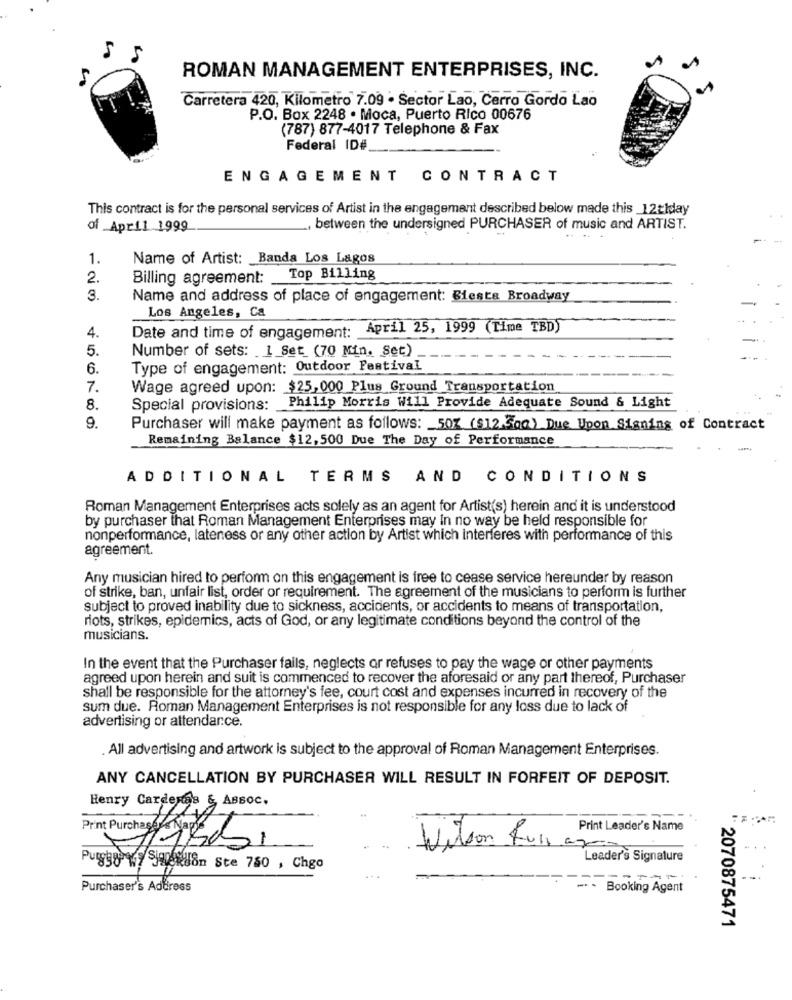
5 5
ROMAN MANAGEMENT ENTERPRISES, INC.
Carretera 420, Kilometro 7.09 . Sector Lao, Cerro Gordo Lao
P.O. Box 2248 . Moca, Puerto Rico 00676
(787) 877-4017 Telephone & Fax
Federal ID#
ENGAGEMENT CONTRACT
This contract is for the personal services of Artist in the engagement described below made this _12tlday
of April 1999
, between the undersigned PURCHASER of music and ARTIST.
1.
Name of Artist: Banda Los Lagos
2.
Billing agreement: Top Billing
3.
Name and address of place of engagement: Siesta Broadway
Los Angeles, Ca
Date and time of engagement: April 25, 1999 (Time TBD)
4.
5.
Number of sets: 1 Set (70 Min. Set)
6.
Type of engagement: Outdoor Festival
7.
Wage agreed upon: $25,000 Plus Ground Transportation
8.
Special provisions: Philip Morris Will Provide Adequate Sound & Light
9.
Purchaser will make payment as follows: _ 50% ($12.3qm) Due Upon Signing of Contract
Remaining Balance $12,500 Due The Day of Performance
ADDITIONAL TERMS
AND CONDITIONS
Roman Management Enterprises acts solely as an agent for Artist(s) herein and it is understood
by purchaser that Roman Management Enterprises may In no way be held responsible for
nonperformance, lateness or any other action by Artist which interferes with performance of this
agreement.
Any musician hired to perform on this engagement is free to cease service hereunder by reason
of strike, ban, unfair list, order or requirement. The agreement of the musicians to perform is further
subject to proved inability due to sickness, accidents, or accidents to means of transportation,
riots, strikes, epidemics, acts of God, or any legitimate conditions beyond the control of the
musicians.
In the event that the Purchaser fails, neglects or refuses to pay the wage or other payments
agreed upon herein and suit is commenced to recover the aforesaid or any part thereof, Purchaser
shall be responsible for the attorney's fee, court cost and expenses incurred in recovery of the
sum due. Roman Management Enterprises is not responsible for any loss due to lack of
advertising or attendarce.
. All advertising and artwork is subject to the approval of Roman Management Enterprises.
ANY CANCELLATION BY PURCHASER WILL RESULT IN FORFEIT OF DEPOSIT.
Henry Cardenas & Assoc.
Print Leader's Name
-
Print Purchase Ba
Wilson fumar
Leader's Signature
Puggy wy SiHendon Ste 780 , Chgo
Purchaser's Address
. - Booking Agent
* 2070875471